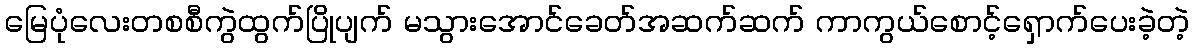
မြေပုံလေးတစစီကွဲထွက်ပြိုပျက် မသွားအောင်ခေတ်အဆက်ဆက် ကာကွယ်စောင့်ရှောက်ပေးခဲ့တဲ့